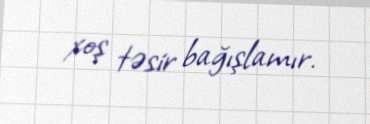
xoş təsir bağışlamır.